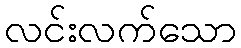
လင်းလက်သော